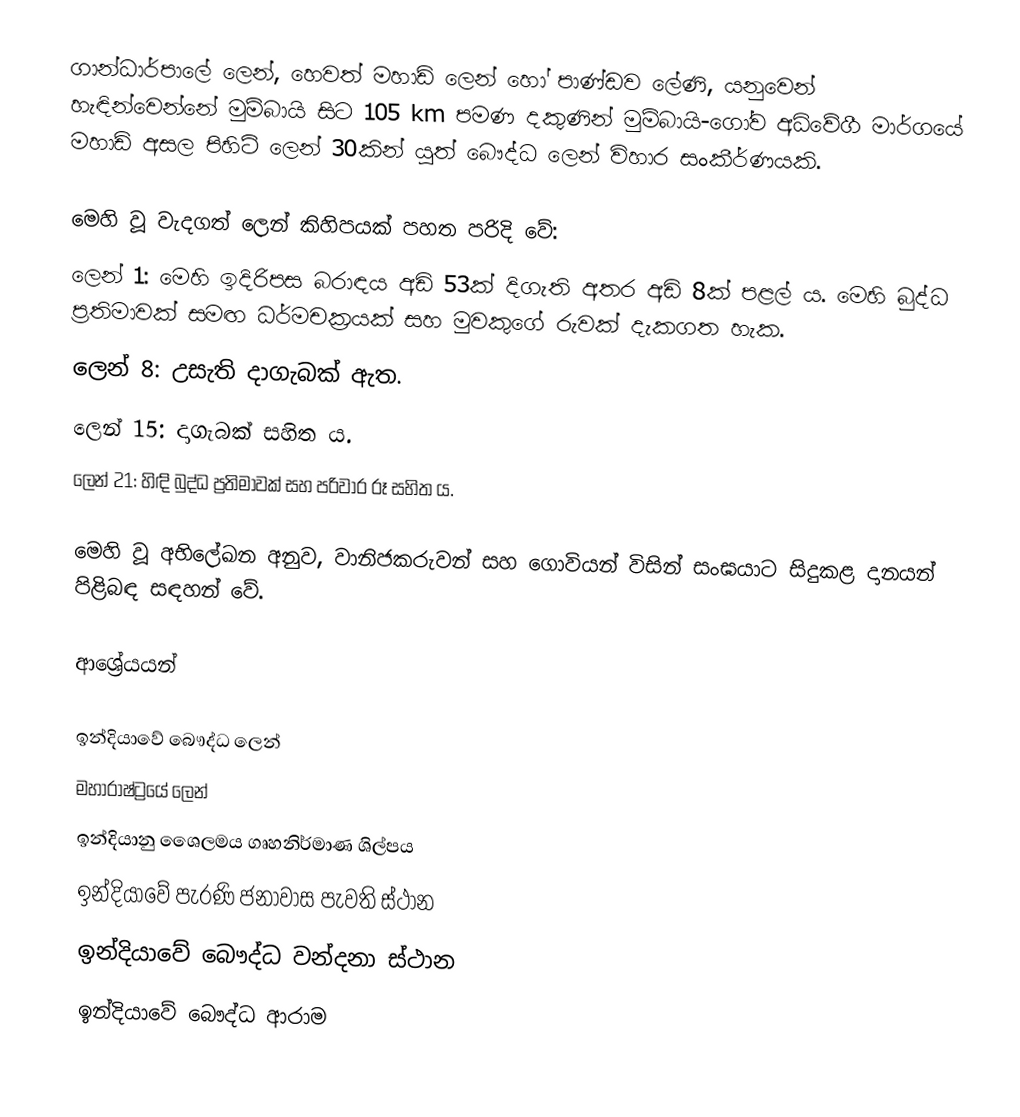
ගාන්ධාර්පාලේ ලෙන්, හෙවත් මහාඩ් ලෙන් හෝ පාණ්ඩව ලේණි, යනුවෙන් හැඳින්වෙන්නේ මුම්බායි සිට 105 km පමණ දකුණින් මුම්බායි-ගෝව අධිවේගී මාර්ගයේ මහාඩ් අසල පිහිටි ලෙන් 30කින් යුත් බෞද්ධ ලෙන් විහාර සංකීර්ණයකි.

මෙහි වූ වැදගත් ලෙන් කිහිපයක් පහත පරිදි වේ:
ලෙන් 1: මෙහි ඉදිරිපස බරාඳය අඩි 53ක් දිගැති අතර අඩි 8ක් පළල් ය. මෙහි බුද්ධ ප්‍රතිමාවක් සමඟ ධර්මචක්‍රයක් සහ මුවකුගේ රුවක් දැකගත හැක.
ලෙන් 8: උසැති දාගැබක් ඇත.
ලෙන් 15: දාගැබක් සහිත ය.
ලෙන් 21: හිඳි බුද්ධ ප්‍රතිමාවක් සහ පරිවාර රූ සහිත ය.

මෙහි වූ අභිලේඛන අනුව, වානිජකරුවන් සහ ගොවියන් විසින් සංඝයාට සිදුකළ දානයන් පිළිබඳ සඳහන් වේ.

ආශ්‍රේයයන්

ඉන්දියාවේ බෞද්ධ ලෙන්
මහාරාෂ්ට්‍රයේ ලෙන්
ඉන්දියානු ශෛලමය ගෘහනිර්මාණ ශිල්පය
ඉන්දියාවේ පැරණි ජනාවාස පැවති ස්ථාන
ඉන්දියාවේ බෞද්ධ වන්දනා ස්ථාන
ඉන්දියාවේ බෞද්ධ ආරාම